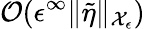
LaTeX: \mathcal{O}(\epsilon^{\infty}\| \tilde{\eta}\| _{\mathcal{X}_{\epsilon}})